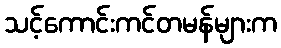
သင့်ကောင်းကင်တမန်များက